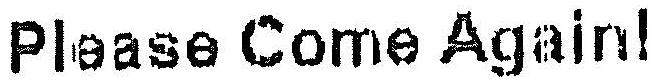
PLEASE COME AGAIN!